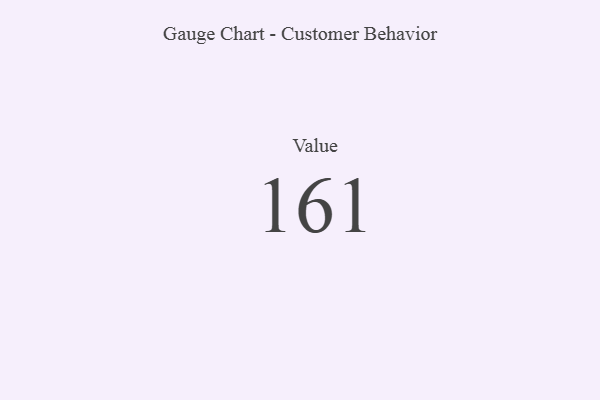
{"axis": {"x": "Metric", "y": "Value"}, "legend": [""], "data": [{"x": "Value", "y": 161, "type": ""}]}